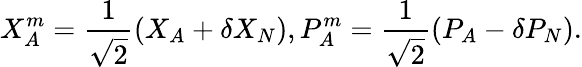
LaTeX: X_{A}^{m}=\frac{1}{\sqrt{2}}\left({{X}_{A}}+\delta{{X}_{N}}\right),P_{A}^{m}=\frac{1}{\sqrt{2}}\left({{P}_{A}}-\delta{{P}_{N}}\right).